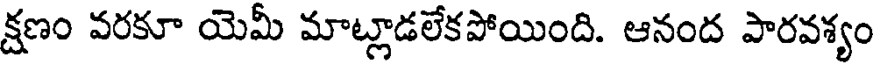
క్షణం వరకూ యెమీ మాట్లాడలేకపోయింది. ఆనంద పారవశ్యం